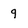
Character: q